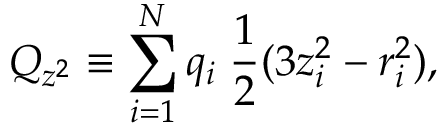
Q _ { z ^ { 2 } } \equiv \sum _ { i = 1 } ^ { N } q _ { i } \; { \frac { 1 } { 2 } } ( 3 z _ { i } ^ { 2 } - r _ { i } ^ { 2 } ) ,